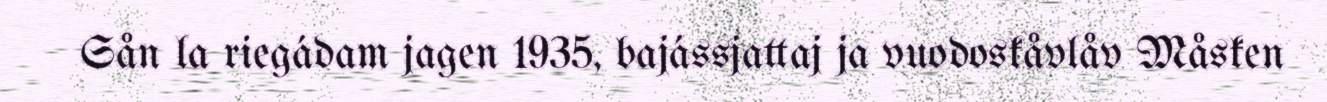
Sån la riegádam jagen 1935, bajássjattaj ja vuodoskåvlåv Måsken